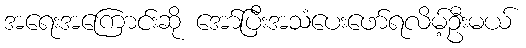
အရေးအကြောင်းဆို အော်ပြီးအသံပေးဖော်ရလိမ့်ဦးမယ်